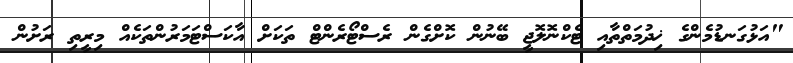
"އަޅުގަނޑުމެންގެ ޚިދުމަތްތާއި ޓެކްނޮލޮޖީ ބޭނުން ކޮށްގެން ރެސްޓޯރެންޓް ތަކަށް އާކަސްޓަމަރުންތަކެއް މިރީތި ރަށުން